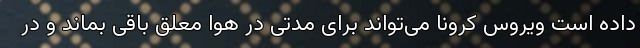
داده است ویروس کرونا می‌تواند برای مدتی در هوا معلق باقی بماند و در